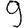
Digit: 9